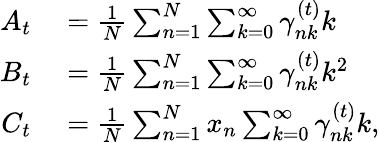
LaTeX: \begin{array}{rl}{A_{t}}&{{}=\frac{1}{N}\sum_{n=1}^{N}\sum_{k=0}^{\infty}\gamma_{nk}^{(t)}k}\\ {B_{t}}&{{}=\frac{1}{N}\sum_{n=1}^{N}\sum_{k=0}^{\infty}\gamma_{nk}^{(t)}k^{2}}\\ {C_{t}}&{{}=\frac{1}{N}\sum_{n=1}^{N}x_{n}\sum_{k=0}^{\infty}\gamma_{nk}^{(t)}k,}\end{array}